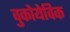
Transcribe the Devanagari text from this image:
वुकोयेविक